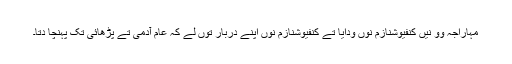
مہاراجہ وو نیں کنفیوشنازم نوں ودایا تے کنفیوشنازم نوں اپنے دربار توں لے کہ عام آدمی تے پڑھائی تک پہنچا دتا۔